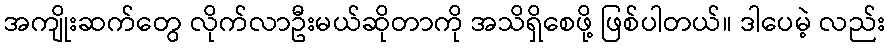
အကျိုးဆက်တွေ လိုက်လာဦးမယ်ဆိုတာကို အသိရှိစေဖို့ ဖြစ်ပါတယ်။ ဒါပေမဲ့ လည်း